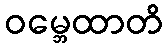
ဝမ္ဘေထာတိ